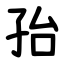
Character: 孡